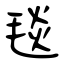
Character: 毯